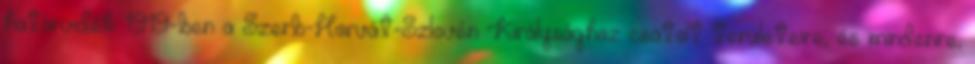
határvidék 1919-ben a Szerb-Horvát-Szlovén Királysághoz csatolt területeire, és mindenre,